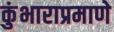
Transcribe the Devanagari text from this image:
कुंभाराप्रमाणे